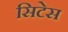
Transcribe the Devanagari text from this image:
सिटेस